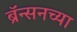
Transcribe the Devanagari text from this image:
ब्रॅन्सनच्या